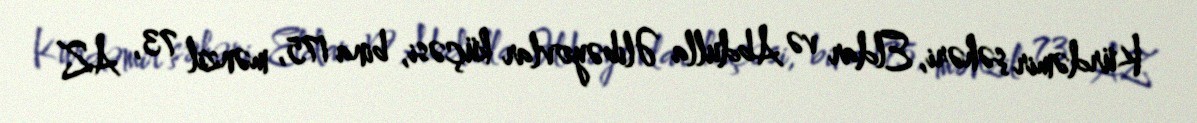
Kürdəmir şəhəri, Eldar və Abdulla Əlibəyovlar küçəsi, bina 175, mənzil 73, AZ